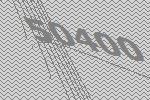
50400